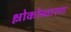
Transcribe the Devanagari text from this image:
श्लोकोच्चारण